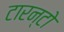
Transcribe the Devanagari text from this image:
टारन्टो